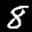
Label: 8